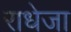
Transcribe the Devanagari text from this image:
राधेजा